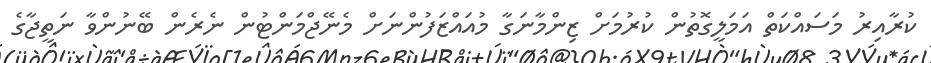
ކުރާއިރު މަސައްކަތް އަމަލީގޮތުން ކުރުމަށް ޒިންމާނަގާ މުއައްޒަފުންނަށް މެނޭޖްމަންޓުން ނެރެން ބޭނުންވާ ނަތީޖާގެ